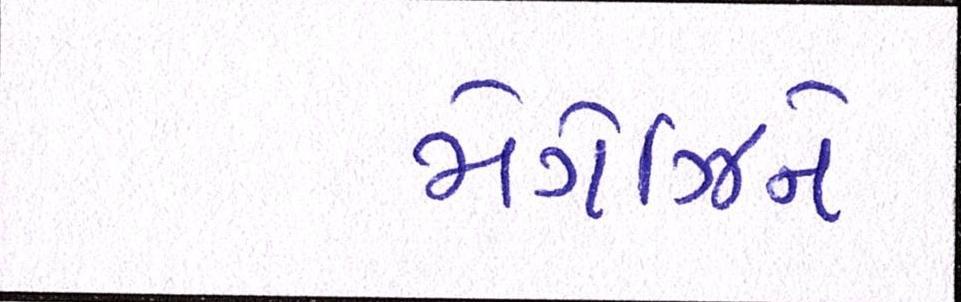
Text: મેગેઝિને